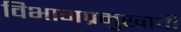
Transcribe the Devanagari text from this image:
विभागप्रमुखाची